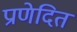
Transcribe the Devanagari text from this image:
प्राणेदित